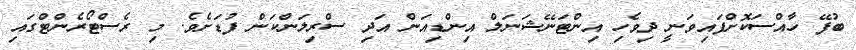
ބުފޭ ހާއްސަކޮށްފައިވަނީ ދިވެހި އިންޓަނޭޝަނަލް އިންޑިއަން އަދި ސްރިލަންކަން ފުޑަށެވެ. މި ރެސްޓޯރެންޓްގައި